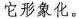
它形象化。